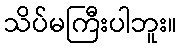
သိပ်မကြီးပါဘူး။